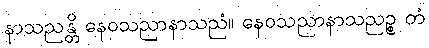
နာသညန္တိ နေဝသညာနာသညံ။ နေဝသညာနာသညဉ္စ တံ